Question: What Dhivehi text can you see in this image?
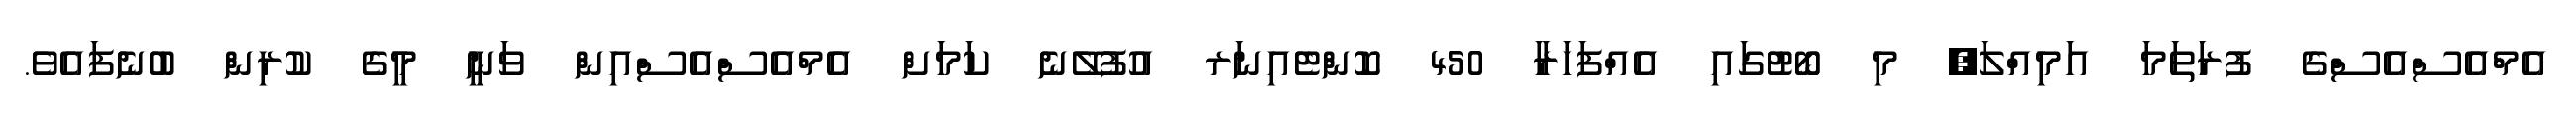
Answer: އެމްއެސްއެސްގެ ފުރަތަމަ އަމިއްލަ, މި ބޯޓުގައި އެއްފަހަރާ 450 ކޮންޓެއިނަރ އުފުލޭނެ ކަމަށް އެމްއެސްއެސްއިން ވަނީ މީގެ ކުރިން ބުނެފައެވެ.